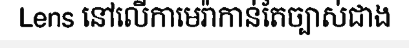
Lens នៅលើកាមេរ៉ាកាន់តែច្បាស់ជាង